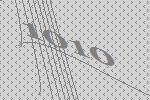
1010